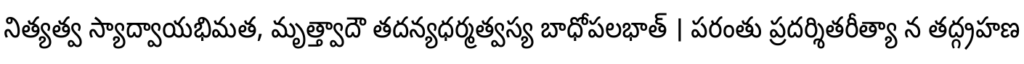
నిత్యత్వ స్యాద్వాయభిమత, మృత్త్వాదౌ తదన్యధర్మత్వస్య బాధోపలభాత్ । పరంతు ప్రదర్శితరీత్యా న తద్గ్రహణ